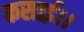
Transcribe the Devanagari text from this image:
कसाई।।